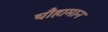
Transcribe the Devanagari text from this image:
चौहामान